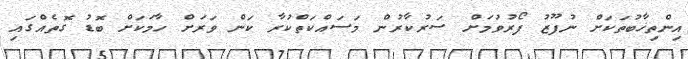
އިންތިޚާބުތަކަށް ނުފޫޒު ފޯރުވުމަށް ސަރުކާރުން މަސައްކަތްކުރާ ކަން ވަރަށް ހާމަކަށް ބޮޑު ގޮތެއްގައި